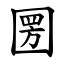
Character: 圐